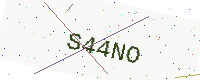
Text: S44NO